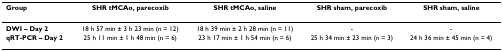
<table><thead><tr><td><b>Group</b></td><td><b>SHR tMCAo, parecoxib</b></td><td><b>SHR tMCAo, saline</b></td><td><b>SHR sham, parecoxib</b></td><td><b>SHR sham, saline</b></td></tr></thead><tbody><tr><td><b>DWI – Day 2</b></td><td>18 h 57 min ± 3 h 23 min (n = 12)</td><td>18 h 39 min ± 2 h 28 min (n = 11)</td><td>-</td><td>-</td></tr><tr><td><b>qRT-PCR – Day 2</b></td><td>25 h 11 min ± 1 h 48 min (n = 6)</td><td>23 h 17 min ± 1 h 54 min (n = 6)</td><td>25 h 34 min ± 23 min (n = 3)</td><td>24 h 36 min ± 45 min (n = 4)</td></tr></tbody></table>